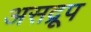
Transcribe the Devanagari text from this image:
असद्रूप